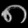
Digit: ၈